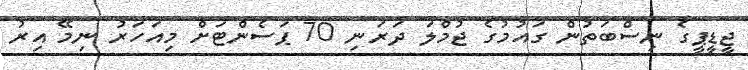
ޖީޑީޕީގެ ނިސްބަތުން ގައުމުގެ ޖުމްލަ ދަރަނި 70 ޕަސެންޓަށް މިއަހަރު ނިމޭ އިރު